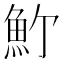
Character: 𩵜